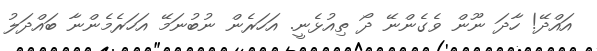
އައްދޭ! ހާދަ ނޫން ވެގެންނޭ ދޯ ތިއުޅެނީ. އަހަރެން ނުބުނަމޭ އަހަރެމެންނާ ބައްދަލު